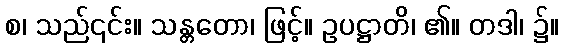
စ၊ သည်၎င်း။ သန္တတော၊ ဖြင့်။ ဥပဋ္ဌာတိ၊ ၏။ တဒါ၊ ၌။